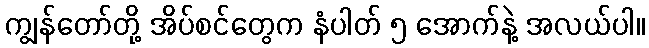
ကျွန်တော်တို့ အိပ်စင်တွေက နံပါတ် ၅ အောက်နဲ့ အလယ်ပါ။